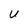
Character: U